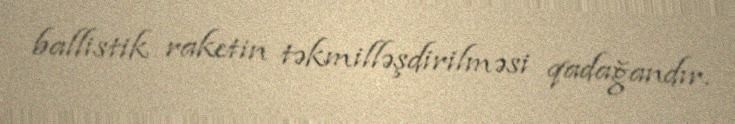
ballistik raketin təkmilləşdirilməsi qadağandır.